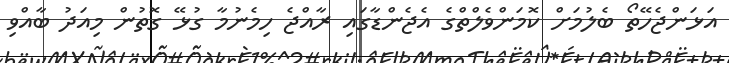
އަޅަންޖެހޭތޯ ބެލުމަށް ކޮމަންވެލްތްގެ އެޖެންޑާގައި ރާއްޖެ ހިމެނުމާ ގުޅޭ ގޮތުން މިއަދު ބާއްވި